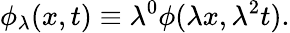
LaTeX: \phi_{\lambda}(x,t)\equiv\lambda^{0}\phi(\lambda x,\lambda^{2}t).